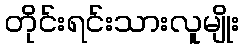
တိုင်းရင်းသားလူမျိုး